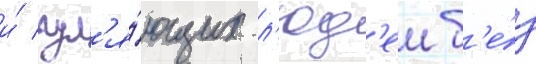
и́ гул'я́ющих л'юд'еи б'е́з